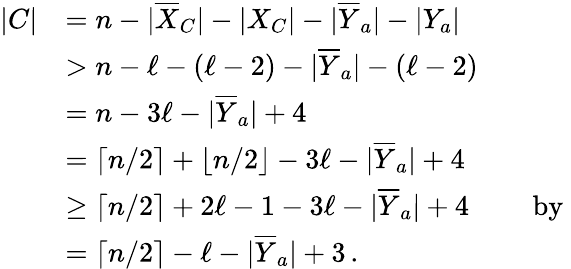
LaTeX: \begin{array}{rl}{|C|}&{=n-|\overline{{X}}_{C}|-|X_{C}|-|\overline{{Y}}_{a}|-|Y_{a}|}\\ &{>n-\ell-(\ell-2)-|\overline{{Y}}_{a}|-(\ell-2)}\\ &{=n-3\ell-|\overline{{Y}}_{a}|+4}\\ &{=\lceil n/2\rceil+\lfloor n/2\rfloor-3\ell-|\overline{{Y}}_{a}|+4}\\ &{\geq\lceil n/2\rceil+2\ell-1-3\ell-|\overline{{Y}}_{a}|+4\qquad\mathrm{~by~}}\\ &{=\lceil n/2\rceil-\ell-|\overline{{Y}}_{a}|+3\, .}\end{array}